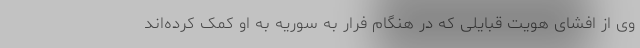
وی از افشای هویت قبایلی که در هنگام فرار به سوریه به او کمک کرده‌اند